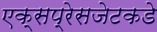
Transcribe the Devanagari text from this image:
एक्सप्रेसजेटकडे